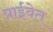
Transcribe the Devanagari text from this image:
प्राईवेत